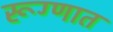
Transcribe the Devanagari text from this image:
रूग्णात